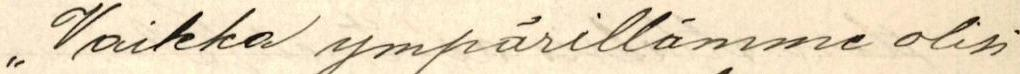
" Vaikka ympärillämme olisi